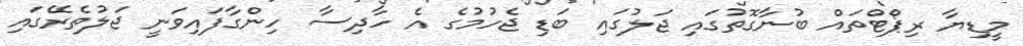
މީޑިޔާ ރިޕޯޓްތައް ބުނާގޮތުގައި ޖަލުގައި ބަޑި ޖެހުމުގެ އެ ހާދިސާ ހިންގާފައިވަނީ ޖަލުތެރޭގައި